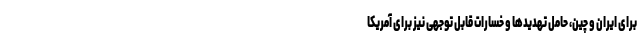
برای ایران و چین، حاملِ تهدیدها و خسارات قابل توجهی نیز برای آمریکا